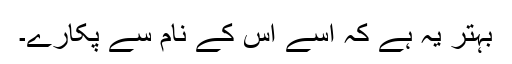
بہتر یہ ہے کہ اسے اس کے نام سے پکارے۔